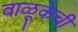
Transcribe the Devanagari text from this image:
वाळूकेची